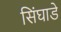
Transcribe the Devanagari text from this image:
सिंघाडे